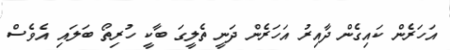
އަހަރެން ކައިގެން ދާއިރު އަހަރެން ދަނީ ތެލީގަ ބާކީ ހުރިތޯ ބަލައި އެވެސް